Sanitation, dispensaries and jails vaccination Rajputana 1922-1927 - 1922-1927
Year: 1922
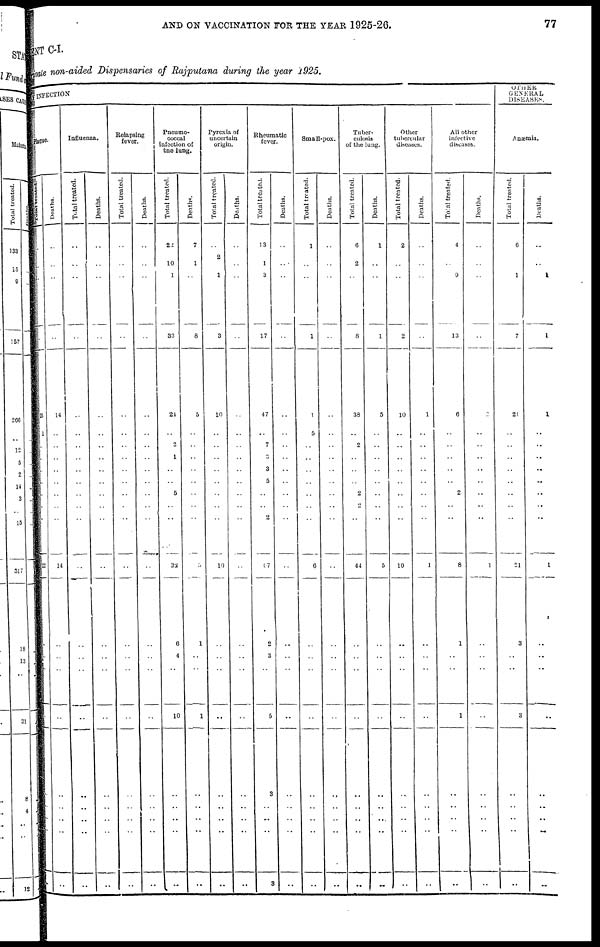
AND ON VACCINATION FOR THE YEAR 1925-26. 77
ENT C-I.
Private non-aided Dispensaries of Rajputana during the year 1925.
BY INFECTION
Plague.
Total
treated.
..
..
..
..
21
1
..
..
..
..
..
..
..
22
..
..
..
..
..
..
..
..
..
Deaths.
..
..
..
..
14
..
..
..
..
..
..
..
..
14
..
..
..
..
..
..
..
..
..
Influenza.
Total treated.
..
..
..
..
..
..
..
..
..
..
..
..
..
..
..
..
..
..
..
..
..
..
..
Deaths.
..
..
..
..
..
..
..
..
..
..
..
..
..
..
..
..
..
..
..
..
..
..
..
Relapsing
fever.
Total treated.
..
..
..
..
..
..
..
..
..
..
..
..
..
..
..
..
..
..
..
..
..
..
..
Deaths.
..
..
..
..
..
..
..
..
..
..
..
..
..
..
..
..
..
..
..
..
..
..
..
Pneumo-
coccal
infection of
the lung.
Total treated.
22
10
1
33
24
..
2
1
..
..
5
..
..
32
6
4
..
10
..
..
..
..
..
Deaths.
7
1
..
8
5
..
..
..
..
..
..
..
..
5
1
..
..
1
..
..
..
..
..
Pyrexia of
uncertain
origin.
Total treated.
..
2
1
3
10
..
..
..
..
..
..
..
..
10
..
..
..
..
..
..
..
..
..
Deaths.
..
..
..
..
..
..
..
..
..
..
..
..
..
..
..
..
..
..
..
..
..
..
..
Rheumatic
fever.
Total treated.
13
1
3
17
47
..
7
3
3
5
..
..
2
67
2
3
..
5
3
..
..
..
3
Deaths.
..
..
..
..
..
..
..
..
..
..
..
..
..
..
..
..
..
..
..
..
..
..
..
Small-pox.
Total treated.
1
..
..
1
1
5
..
..
..
..
..
..
..
6
..
..
..
..
..
..
..
..
..
Deaths.
..
..
..
..
..
..
..
..
..
..
..
..
..
..
..
..
..
..
..
..
..
..
..
Tuber-
culosis
of the lung.
Total treated.
6
2
..
8
38
..
2
..
..
..
2
2
..
44
..
..
..
..
..
..
..
..
..
Deaths.
1
..
..
1
5
..
..
..
..
..
..
..
..
5
..
..
..
..
..
..
..
..
..
Other
tubercular
diseases.
Total treated.
2
..
..
2
10
..
..
..
..
..
..
..
..
10
..
..
..
..
..
..
..
..
..
Deaths.
..
..
..
..
1
..
..
..
..
..
..
..
..
1
..
..
..
..
..
..
..
..
..
All other
infective
diseases.
Total treated.
4
..
9
13
6
..
..
..
..
..
2
..
..
8
1
..
..
1
..
..
..
..
..
Deaths.
..
..
..
..
2
..
..
..
..
..
..
..
..
1
..
..
..
..
..
..
..
..
..
OTHER
GENERAL
DISEASES.
Anæmia.
Total treated.
6
..
1
7
21
..
..
..
..
..
..
..
..
21
3
..
..
3
..
..
..
..
..
Deaths.
..
..
1
1
1
..
..
..
..
..
..
..
..
1
..
..
..
..
..
..
..
..
..